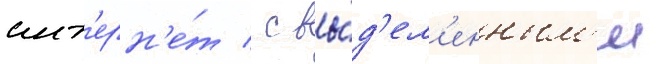
инт'ерн'е́т / с вы́д'ел'енным'и